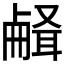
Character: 𰆉